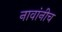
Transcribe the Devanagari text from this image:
नावांनीच